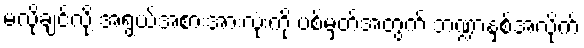
မလိုချင်လို့ အရွယ်အစားအားလုံးကို ပစ်မှတ်အတွက် ဘဏ္ဍာနှစ်အလိုက်